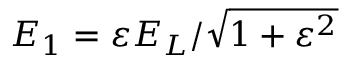
{ E _ { 1 } } = \varepsilon { E _ { L } } / { \sqrt { 1 + \varepsilon ^ { 2 } } }